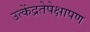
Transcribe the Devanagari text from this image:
उत्केंद्रतेपेक्षापण